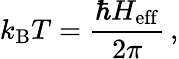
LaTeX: k_{\mathrm{B}}T=\frac{\hbar H_{\mathrm{eff}}}{2\pi}\, ,